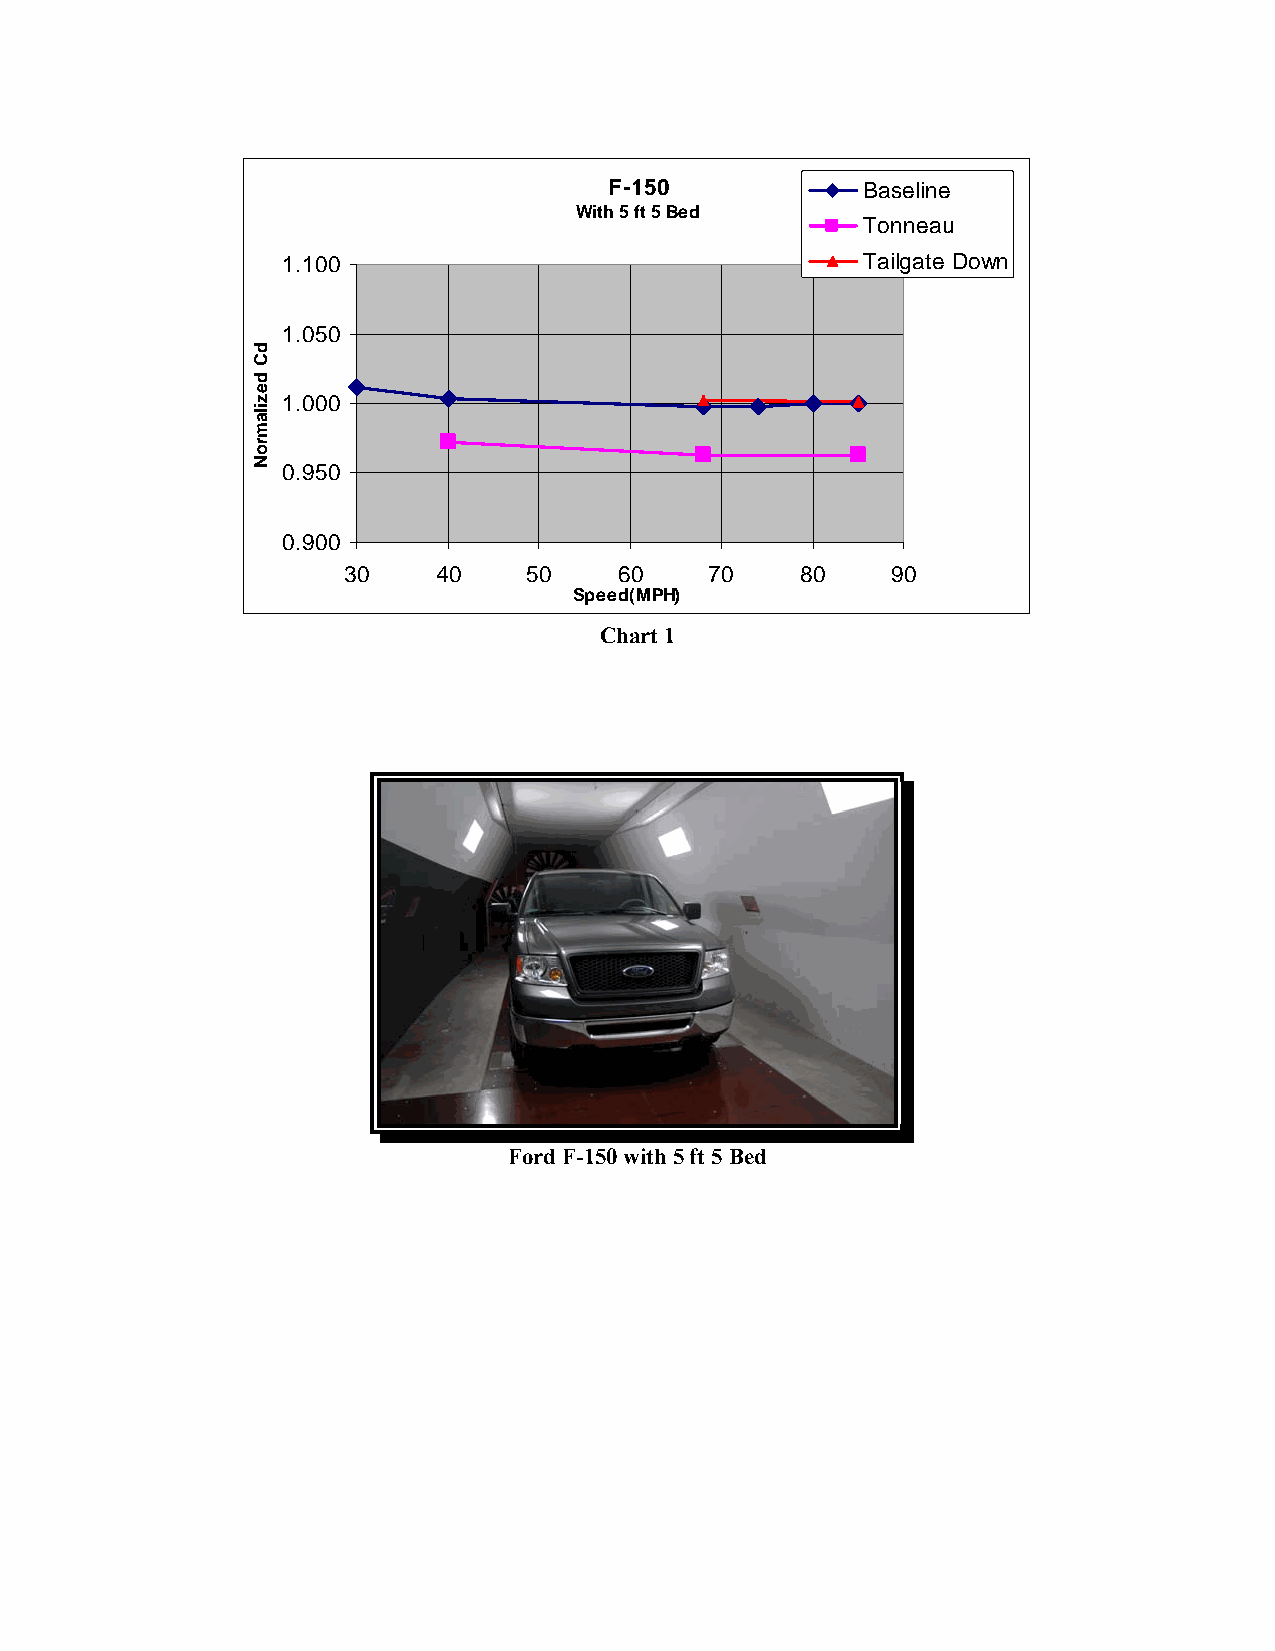
F-150            Baseline
 With 5 ft 5 Bed
 Tonneau
 1.100                                 Tailgate Down
 1.050
 1.000
 0.950
 0.900
 30    40    50    60    70    80    90
 Speed(MPH)
 Chart 1
 Ford F-150 with 5 ft 5 Bed
 dC
 dezilamroN